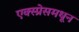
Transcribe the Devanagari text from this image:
एक्स्प्रेसमधून